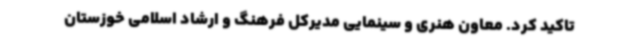
تاکید کرد. معاون هنری و سینمایی مدیرکل فرهنگ و ارشاد اسلامی خوزستان